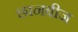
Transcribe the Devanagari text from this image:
छानबीज